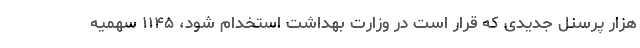
هزار پرسنل جدیدی که قرار است در وزارت بهداشت استخدام شود، ۱۱۴۵ سهمیه